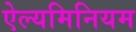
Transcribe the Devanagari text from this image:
ऐल्यमिनियम